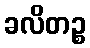
ခလိတဉ္စ